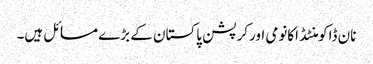
نان ڈاکومنٹڈ اکانومی اورکرپشن پاکستان کے بڑے مسائل ہیں۔